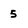
Character: 5